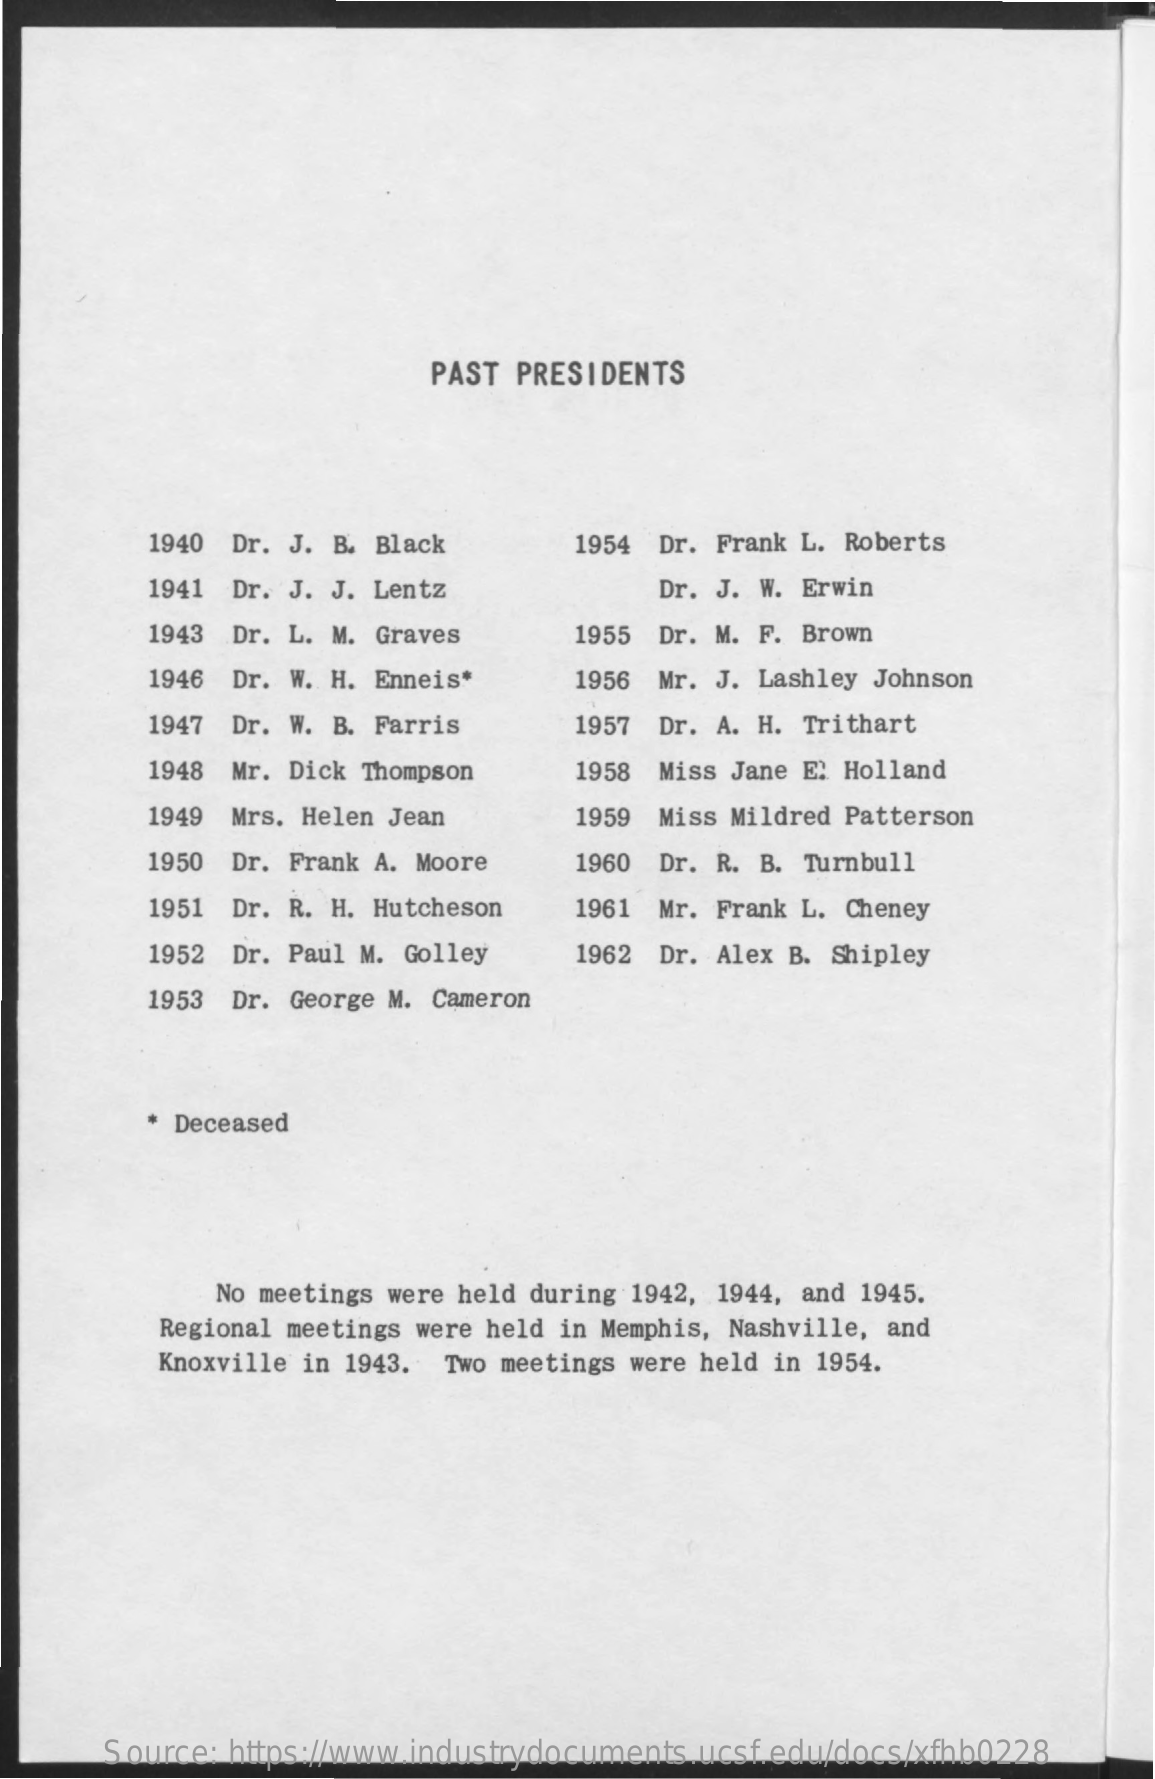
PAST PRESIDENTS
     1940 Dr. J. B. Black    1954 Dr. Frank L. Roberts
     1941 Dr. J. J. Lentz    Dr. J. W. Erwin
     1943 Dr. L. M. Graves    1955 Dr. M. F. Brown
     1946 Dr. W. H. Enneis*    1956 Mr. J. Lashley Johnson
     1947 Dr. W. B. Farris    1957 Dr. A. H. Trithart
     1948 Mr. Dick Thompson    1958 Miss Jane E: Holland
     1949 Mrs. Helen Jean    1959 Miss Mildred Patterson
     1950 Dr. Frank A. Moore   1960 Dr. R. B. Turnbull
     1951 Dr. R. H. Hutcheson  1961 Mr. Frank L. Cheney
     1952 Dr. Paul M. Golley   1962 Dr. Alex B. Shipley
     1953 Dr. George M. Cameron
     Deceased
     No meetings were held during 1942, 1944, and 1945.
     Regional meetings were held in Memphis, Nashville, and
     Knoxville in 1943. Two meetings were held in 1954.
     Source: https://www.industrydocuments.ucsf.edu/docs/xfhb0228